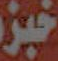
خبز